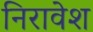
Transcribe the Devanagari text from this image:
निरावेश